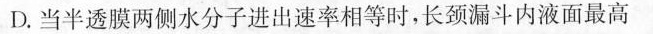
D.当半透膜两侧水分子进出速率相等时，长颈漏斗内液面最高